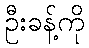
ဦးခန့်ကို